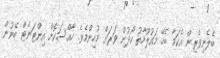
ބެލެނިވެރިން އެކަމާ ބެހޭ މައުލޫމާތު ހޯދުން ވަރަށް މުހިންމެވެ. ހާއްސަކޮށް އިންޓަނެޓް ބޭނުން